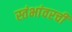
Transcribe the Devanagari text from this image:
स्तंभांवरची